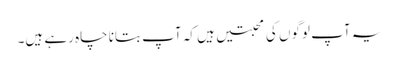
یہ آپ لوگوں کی محبتیں ہیں کہ آپ بتانا چاہ رہے ہیں۔